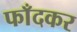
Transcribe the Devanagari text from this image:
फाँदकर